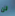
لن